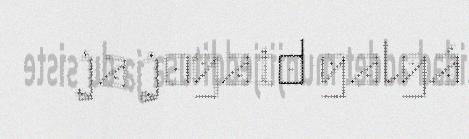
ja jogaid galgá